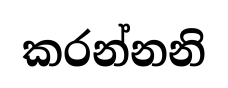
කරන්නනි